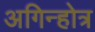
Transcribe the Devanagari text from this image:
अगिन्होत्र